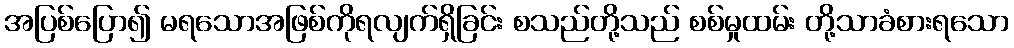
အပြစ်ပြော၍ မရသောအဖြစ်ကိုရလျက်ရှိခြင်း စသည်တို့သည် စစ်မှုထမ်း တို့သာခံစားရသော